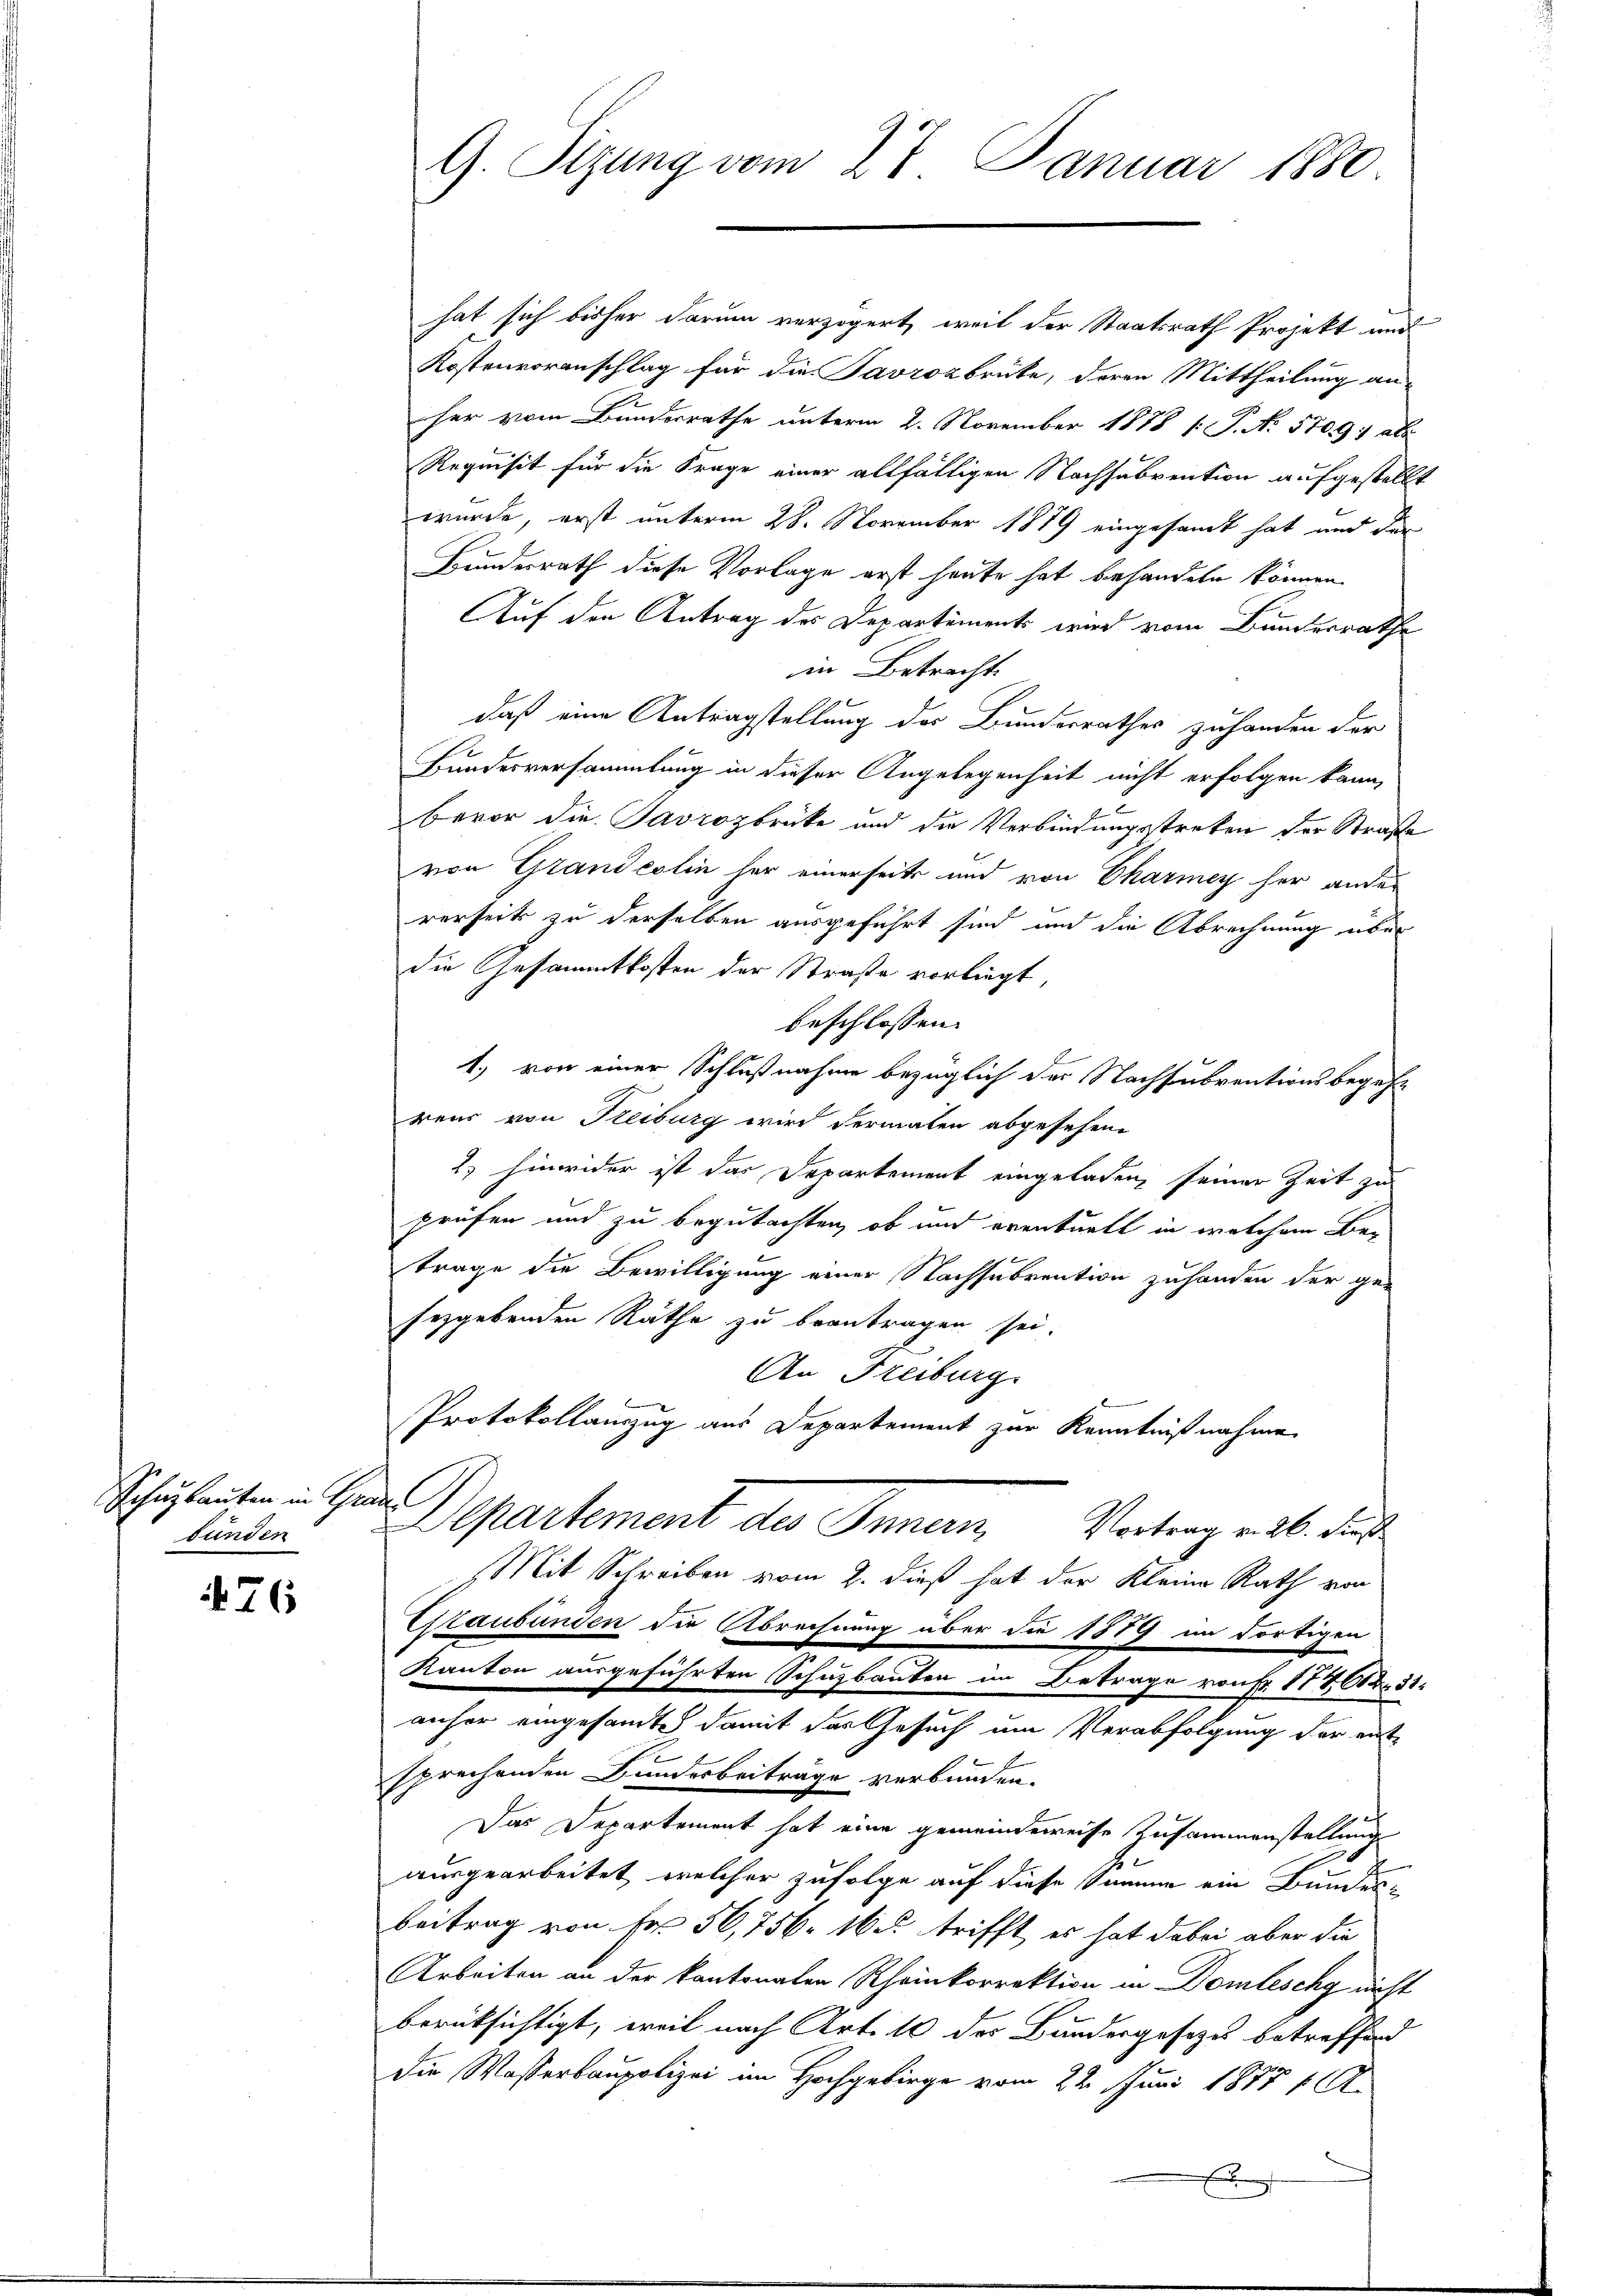
Schubauten in Graue
bunden

76

G. Sizung vom 28. Januar 1880.

hat sich bisher darum verzögert, weil der Staatsrath Projekt und
Kostenvoranschlag für die Pavrozbrüte, deren Mittheilung an-
her vom Bundesrathe unterm 2. November 1878 1: P. N. 570. 91 als
Requisit für die Frage einer allfälligen Nachsabvention aufgestellt
wurde, erst unterm 28. November 1879 eingesamt hat und der
Bundesrath diese Vorlage erst heute hat behandeln können.
Auf den Antrag des Departements wird vom Bunderrathe
in Betracht.
daß eine Antragstellung des Bundesrathes zuhanden der
Bundesversammlung in dieser Angelegenheit nicht erfolgen kann,
Bevor die Javrozbrüke und die Verbindungsstreken der Straße
von Grandcolin her einerseits und von Charmey her ander
rerseits zu derselben ausgeführt sind und die Abrechnung über
die Gesammtkosten der Straße vorliegt,
beschlossen:
1.) von einer Schlußnahme bezüglich der Nachsubventionsbegehr
rens von Freiburg wird dermalen abgesehen
2) hinwider ist das Departement eingeladen, seiner Zeit zu
prüfen und zu begutachten, ob und eventuelt in welchem Betrage die Bewilligung einer Nachsubvention zuhanden der ge-
seggebenden Räthe zu beantragen sei.
An Freiburg.
Protokollauszug aus Departement zur Kenntnißnahme
Departement der Gemein
Vortrag v. 26. dieß.
Mit Schreiben vom 2. dieß hat der Kleine Rath von
Staubünden die Abrechnung über die 1889 im dortigen
Kanton ausgeführten Schuzbauten im Betrage von Fr. 17261231.
anher eingesandte damit das Gesuch um Verabfolgung der entsprechenden Bundesbeiträge verbunden.
Das Departement hat eine gemeindeweise Zusammenstellung
2
aurgearbeitet, welcher zufolge auf diese Summe ein Bundesbeitrag von Fr. 50,756. 16 u. trifft, es hat dabei aber die
Arbeiten an der kantonalen Rheinkorrektion in Domleschy nicht
berücksichtigt, weil nach Art. 10 des Baudergesetzes betreffend
Die Wasserbaupolizei im Hochgebirge vom 22. Juni 1877 f.